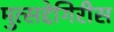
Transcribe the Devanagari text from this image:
मुत्सद्देगिरीस